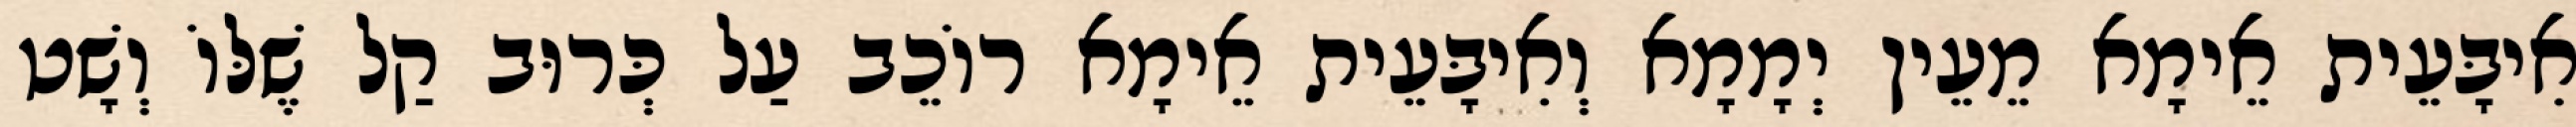
אִיבָּעֵית אֵימָא מֵעֵין יְמָמָא וְאִיבָּעֵית אֵימָא רוֹכֵב עַל כְּרוּב קַל שֶׁלּוֹ וְשָׁט